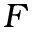
F